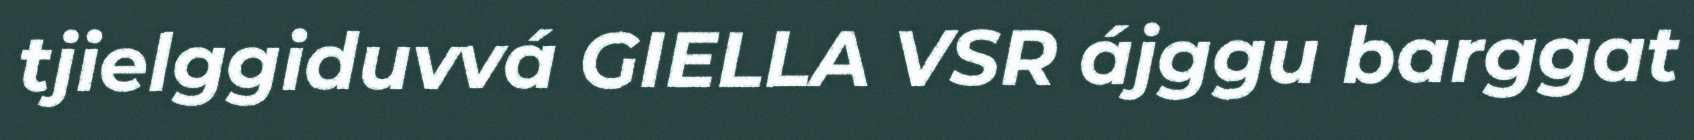
tjielggiduvvá GIELLA VSR ájggu barggat